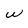
Character: w